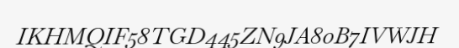
IKHMQIF58TGD445ZN9JA80B7IVWJH